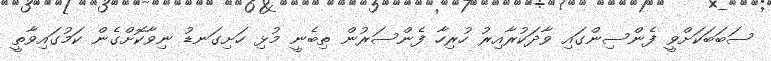
ސަބަބަކަށްވީ ފެންސިންގައި ވާދަކުރާއިރު ހުރިހާ ފެންސަރުން ތިބެނީ މުޅި ހަށިގަނޑު ނިވާކޮށްގެން ކަމުގައިވާތީ